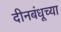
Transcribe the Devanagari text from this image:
दीनबंधूच्या